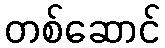
တစ်ဆောင်